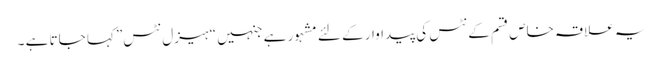
یہ علاقہ خاص قسم کے نٹس کی پیداوار کے لئے مشہور ہے جنہیں “ہیزل نٹس” کہا جاتا ہے ۔